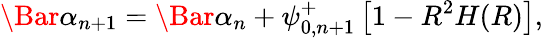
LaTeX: \Bar{\alpha}_{n+1}=\Bar{\alpha}_{n}+\psi_{0,n+1}^{+}\left[1-R^{2}H(R)\right],